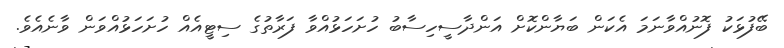
ބޭފުޅަކު ފޮނުއްވާނަމަ އެކަން ބަޔާންކޮށް އަންދާސީހިސާބު ހުށަހަޅުއްވާ ފަރާތުގެ ސިޓީއެއް ހުށަހަޅުއްވަން ވާނެއެވެ.